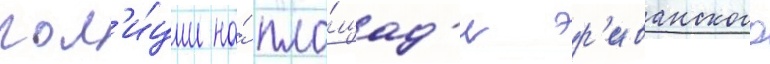
пол'и́ции на́ пло́щад'и эр'иванского